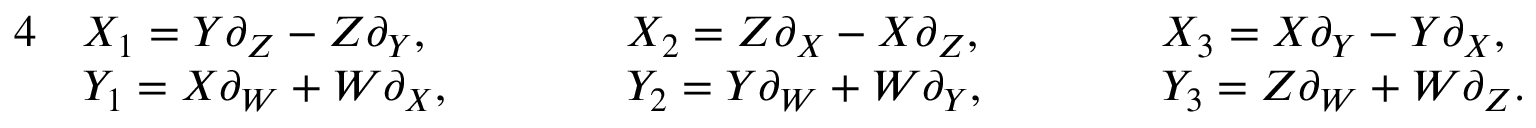
\begin{array} { r l r l r l r } { { 4 } } & { X _ { 1 } = Y \partial _ { Z } - Z \partial _ { Y } , \qquad } & & { X _ { 2 } = Z \partial _ { X } - X \partial _ { Z } , \qquad } & & { X _ { 3 } = X \partial _ { Y } - Y \partial _ { X } , } & \\ & { Y _ { 1 } = X \partial _ { W } + W \partial _ { X } , \qquad } & & { Y _ { 2 } = Y \partial _ { W } + W \partial _ { Y } , \qquad } & & { Y _ { 3 } = Z \partial _ { W } + W \partial _ { Z } . } & \end{array}